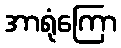
အာရုံကြော